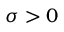
\sigma > 0